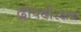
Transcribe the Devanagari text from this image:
द्रोपदीरक्षक